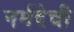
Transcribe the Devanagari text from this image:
नर्मदेची